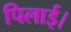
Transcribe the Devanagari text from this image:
पिलाई।